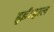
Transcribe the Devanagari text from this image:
हुईं।हाल